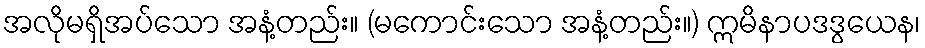
အလိုမရှိအပ်သော အနံ့တည်း။ (မကောင်းသော အနံ့တည်း။) ဣမိနာပဒဒွယေန၊